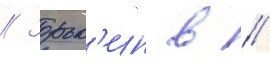
// Зорьк'ин в //